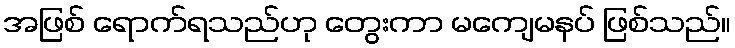
အဖြစ် ရောက်ရသည်ဟု တွေးကာ မကျေမနပ် ဖြစ်သည်။